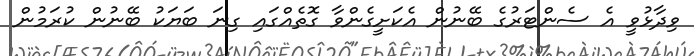
ވިދާޅުވީ އެ ސެންޓަރުގެ ބޭނުން އެކަށީގެންވާ ގޮތެއްގައި ގިނަ ބަޔަކު ބޭނުން ކުރަމުން